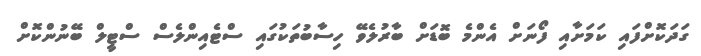
ގަދަކޮށްފައި ކަމަށާއި ފޯނަށް އެންމެ ބޮޑަށް ބާރުލެވޭ ހިސާބުތަކުގައި ސްޓެއިންލެސް ސްޓީލް ބޭނުންކޮށް